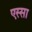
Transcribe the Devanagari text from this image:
एस्सा